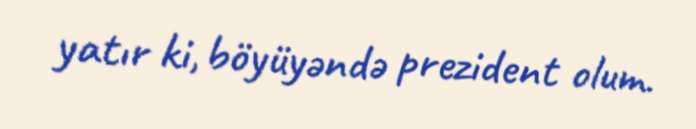
yatır ki, böyüyəndə prezident olum.